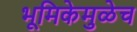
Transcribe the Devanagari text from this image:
भूमिकेमुळेच